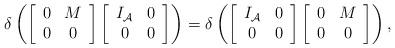
LaTeX: \begin{align*}\delta\left(\left[\begin{array}{cc}0 & M \\0 & 0 \\\end{array}\right]\left[\begin{array}{cc}I_{\mathcal{A}} & 0 \\0 & 0 \\\end{array}\right]\right)=\delta\left(\left[\begin{array}{cc}I_{\mathcal{A}} & 0 \\0 & 0 \\\end{array}\right]\left[\begin{array}{cc}0 & M \\0 & 0 \\\end{array}\right]\right),\end{align*}